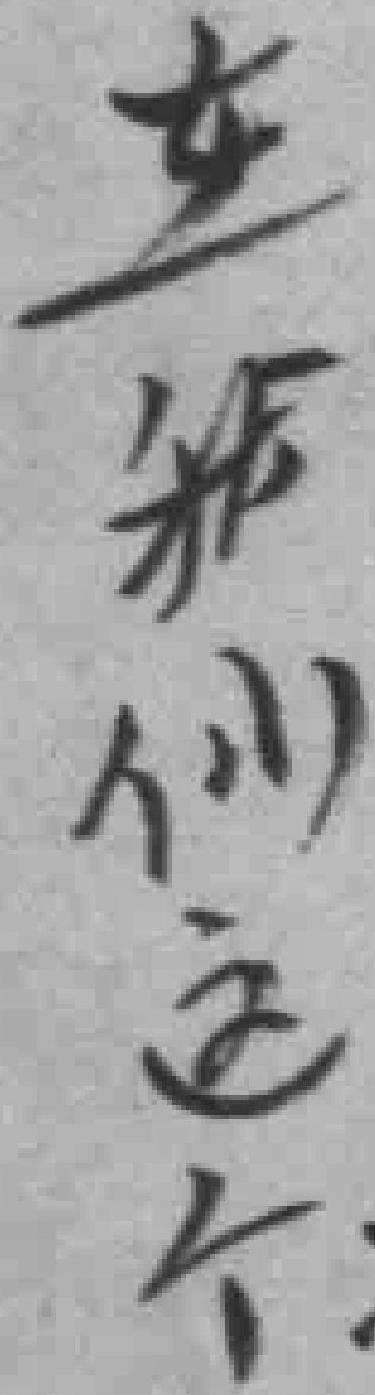
在我们这个